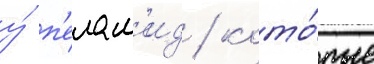
у́ п'елам'ид / кото́рые